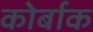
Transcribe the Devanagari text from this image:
कोर्बाक